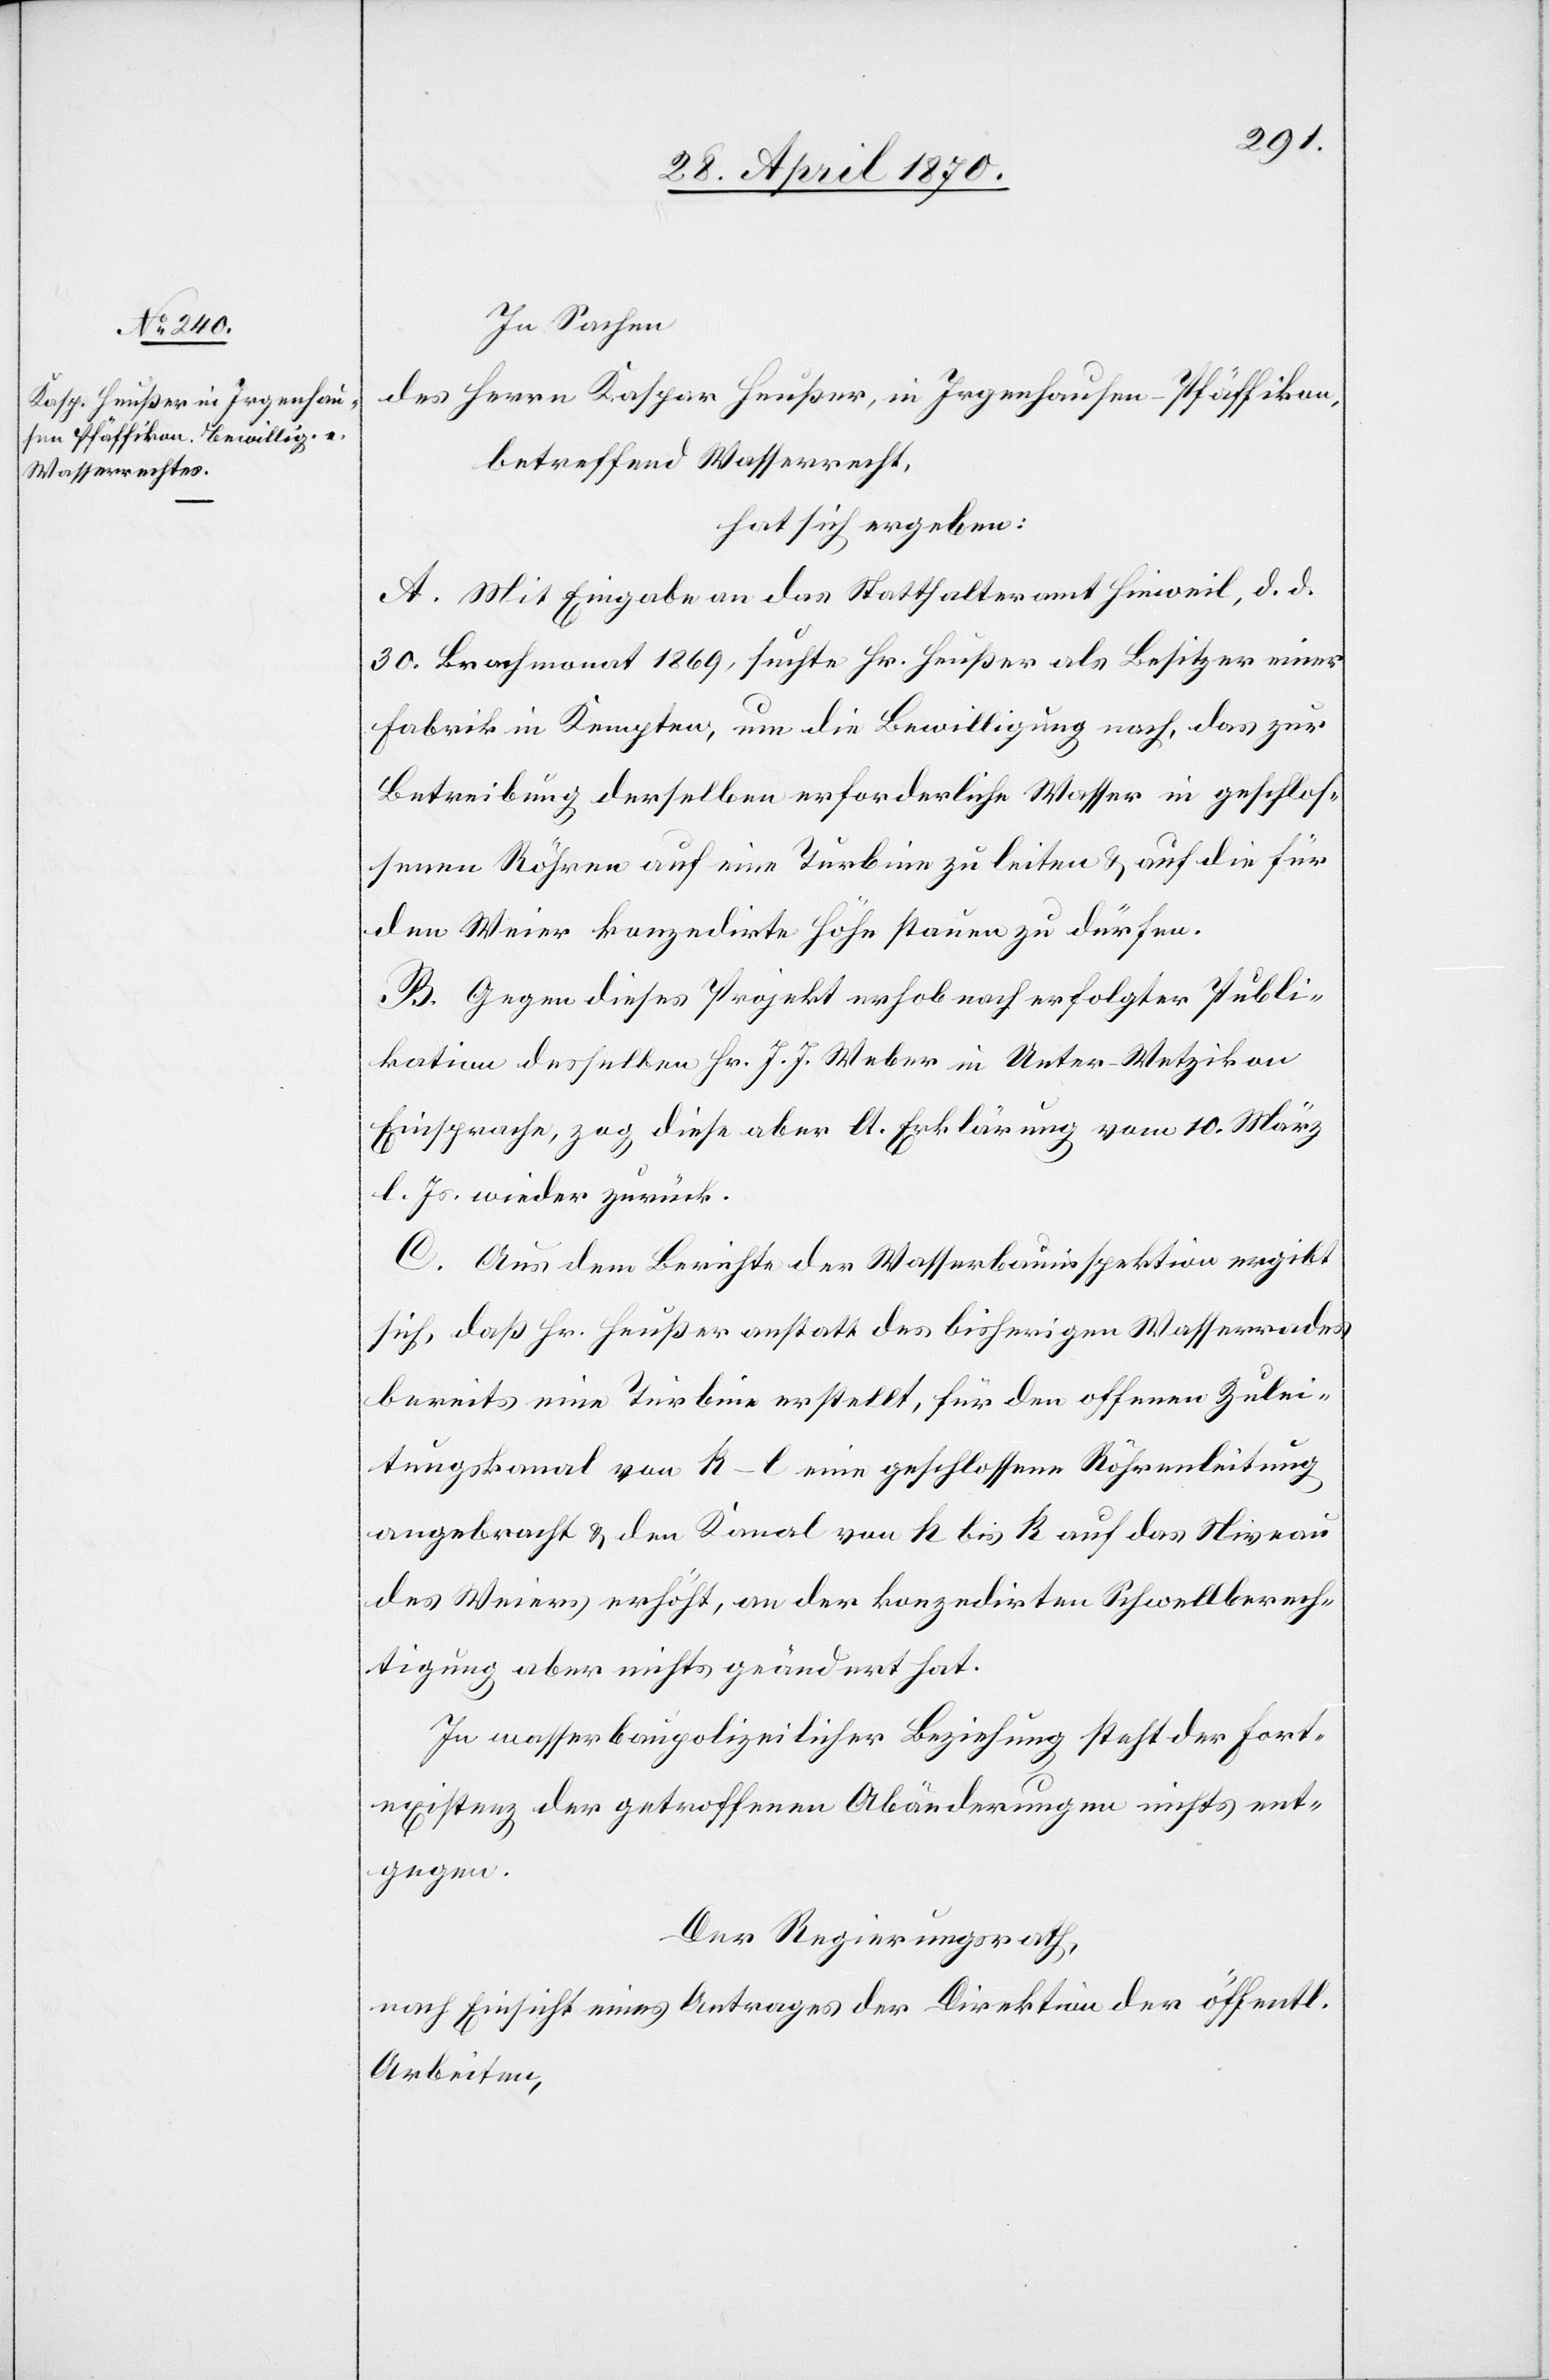
In Sachen
des Herrn Kaspar Heußer, in Irgenhausen - Pfäffikon,
betreffend Wasserrecht,
hat sich ergeben:
A. Mit Eingabe an das Statthalteramt Hinweil, d. d.
30. Brachmonat 1869, suchte Hr. Heußer als Besitzer einer
Fabrik in Kempten, um die Bewilligung nach, das zur
Betreibung derselben erforderliche Wasser in geschlos¬
senen Röhren auf eine Turbine zu leiten & auf die für
den Weier konzedirte Höhe stauen zu dürfen.
B. Gegen dieses Projekt erhob nach erfolgter Publi¬
kation desselben Hr. J. J. Weber in Unter-Wetzikon
Einsprache, zog diese aber lt. Erklärung vom 10. März
l. Js. wieder zurück.
C. Aus dem Berichte der Wasserbauinspektion ergibt
sich, daß Hr. Heußer anstatt des bisherigen Wasserrades
bereits eine Turbine erstellt, für den offenen Zulei¬
tungskanal von k–l eine geschlossene Röhrenleitung
angebracht & den Kanal von h bis k auf das Niveau
des Weiers erhöht, an der konzedirten Schwellberech¬
tigung aber nichts geändert hat.
In wasserbaupolizeilicher Beziehung steht der Fort¬
existenz der getroffenen Abänderungen nichts ent¬
gegen.
Der Regierungsrath,
nach Einsicht eines Antrages der Direktion der öffentl.
Arbeiten,